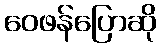
ဝေဖန်ပြောဆို